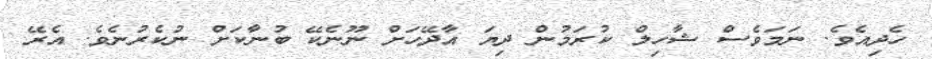
ހެދިއެވެ. ނަމަވެސް ޝާހިލް ކުރަމުން ދިޔަ އާދޭހަށް ނޫނެކޭ ބުނާކަށް ނުކެރުނެވެ. އެރޭ